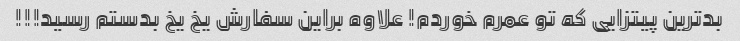
بدترین پیتزایی که تو عمرم خوردم! علاوه براین سفارش یخ یخ بدستم رسید!!!